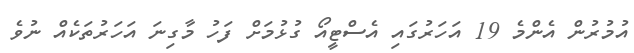
އުމުރުން އެންމެ 19 އަހަރުގައި އެސްޓީއޯ ގުޅުމަށް ފަހު މާގިނަ އަހަރުތަކެއް ނުވެ